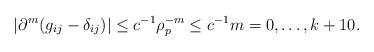
LaTeX: \begin{align*} |\partial^m (g_{ij} - \delta_{ij})| \leq c^{-1} \rho_p^{-m} \leq c^{-1} m = 0, \ldots, k+10. \end{align*}